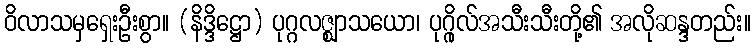
ဝိလာသမှရှေးဦးစွာ။ (နိဒ္ဒိဋ္ဌော) ပုဂ္ဂလဇ္ဈာသယော၊ ပုဂ္ဂိုလ်အသီးသီးတို့၏ အလိုဆန္ဒတည်း။